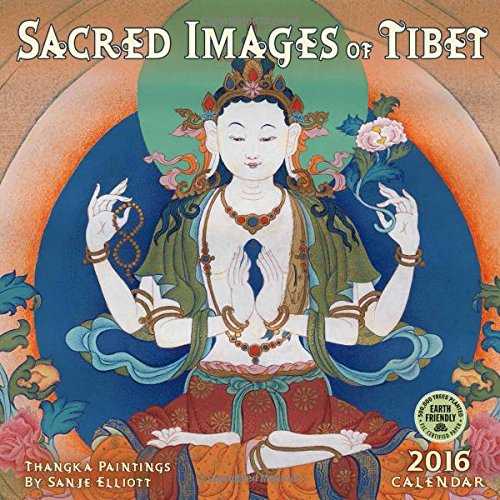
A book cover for Sacred Images of Tibet 2016 Wall Calendar: Thangka Paintings by Sanje Elliott; Sanje Elliot; Arts & Photography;